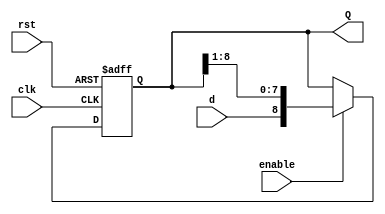
// Coder:           David Adrian Michel Torres, Eduardo Ethandrake Castillo Pulido
// Module name:	  Shift_Register_R_Param
// Project Name:	  risc_v_top
// Description:	  Shifter for UART rx

module Shift_Register_R_Param #(parameter width = 9)
    (
    input clk,
    input rst,
    input enable,
    input d,
    output reg [width-1:0] Q
    );

always @(negedge rst, posedge clk)
	begin
		if (!rst)
			Q <= {width{1'b0}};
		else
			if (enable)
				Q <= {d,Q[width-1:1]};
	end
endmodule